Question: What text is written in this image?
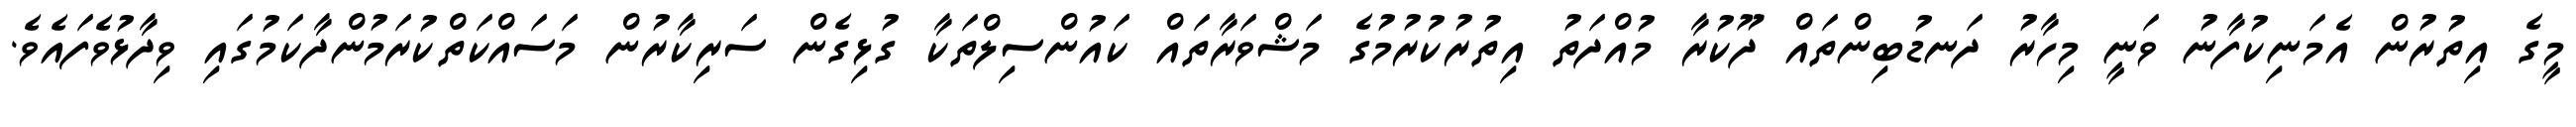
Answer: މީގެ އިތުރުން އެމަނިކުފާނު ވަނީ މިހާރު ދަނޑުބިންތައް ދޫކުރާ މުއްދަތު އިތުރުކުރުމުގެ މަޝްވަރާތައް ކައުންސިލްތަކާ ގުޅިގެން ސަރިކާރުން މަސައްކަތްކުރަމުންދާކަމުގައި ވިދާޅުވެފައެވެ.